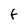
Character: F